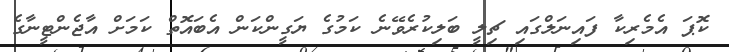
ކޮޕަ އެމެރިކާ ފައިނަލްގައި ޗިލީ ބަލިކުރެވޭނެ ކަމުގެ ޔަގީންކަން އެބައޮތް ކަމަށް އާޖެންޓީނާގެ